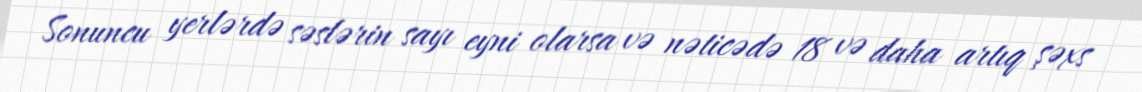
Sonuncu yerlərdə səslərin sayı eyni olarsa və nəticədə 18 və daha artıq şəxs